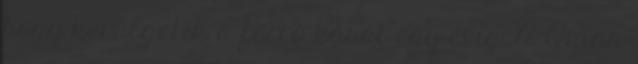
hogy kerülgetik a forró kását egy évig. A Quinn